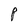
Character: P